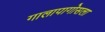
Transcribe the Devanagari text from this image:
गालापागोसला